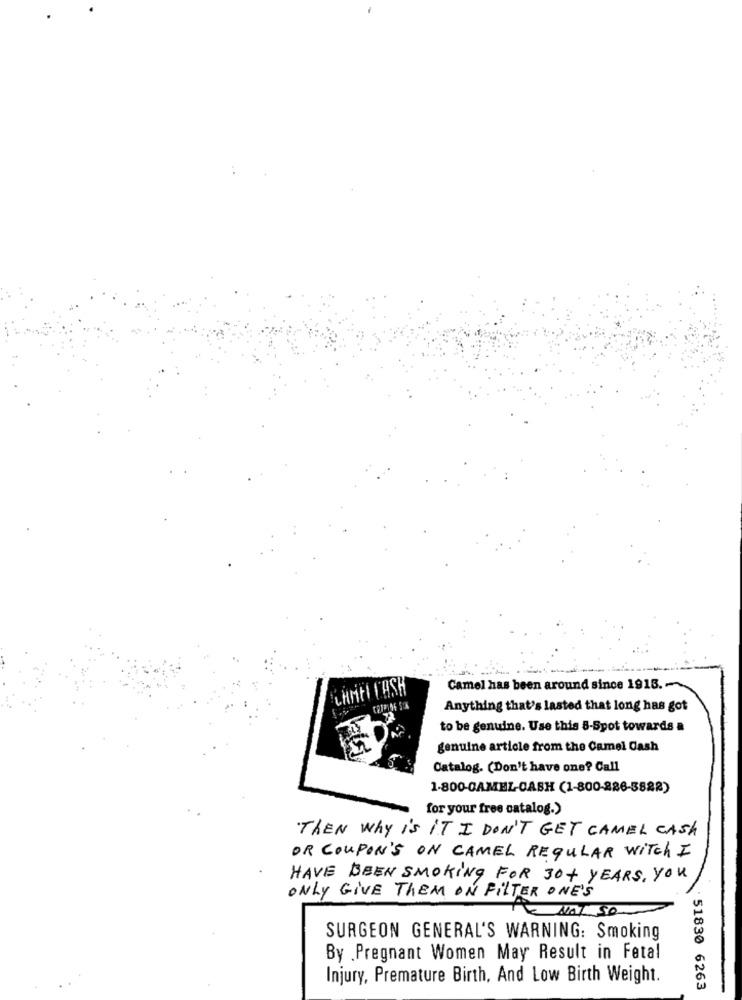
CHAT LASH
Camel has been around since 1918.
Anything that's lasted that long has got
to be genuine. Use this 8-Spot towards a
genuine article from the Camel Cash
Catalog. (Don't have one? Call
1-800-CAMEL-CASH (1-800-286-3822)
for your free catalog.)
THEN why is IT I DON'T GET CAMEL CASH
OR COUPON'S ON CAMEL REGULAR Witch I
HAVE BEEN SMOKING FOR 30+ YEARS, YOU
ONLY GIVE THEM ON FILTER ONE'S
NAL SO
SURGEON GENERAL'S WARNING: Smoking
By .Pregnant Women May Result in Fetal
Injury, Premature Birth, And Low Birth Weight.
: 51830 6263